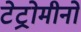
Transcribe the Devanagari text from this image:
टेट्रोमीनो